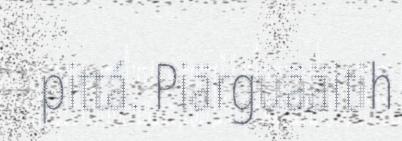
pittá. Piärguääitih